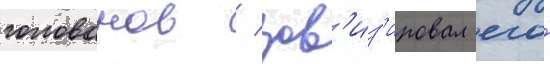
голованов / зав'из'ировал его́